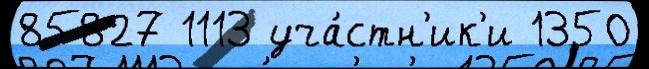
85827 1113 уча́стн'ик'и 1350